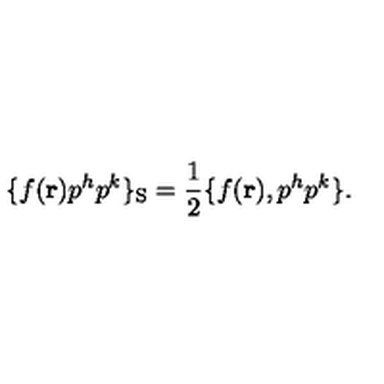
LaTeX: \{ f ( { \bf r } ) p ^ { h } p ^ { k } \} _ { \mathrm { S } } = { \frac { 1 } { 2 } } \{ f ( { \bf r } ) , p ^ { h } p ^ { k } \} .